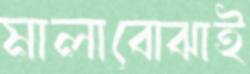
মালাবোঝাই